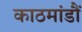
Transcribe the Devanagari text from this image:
काठमांडौं